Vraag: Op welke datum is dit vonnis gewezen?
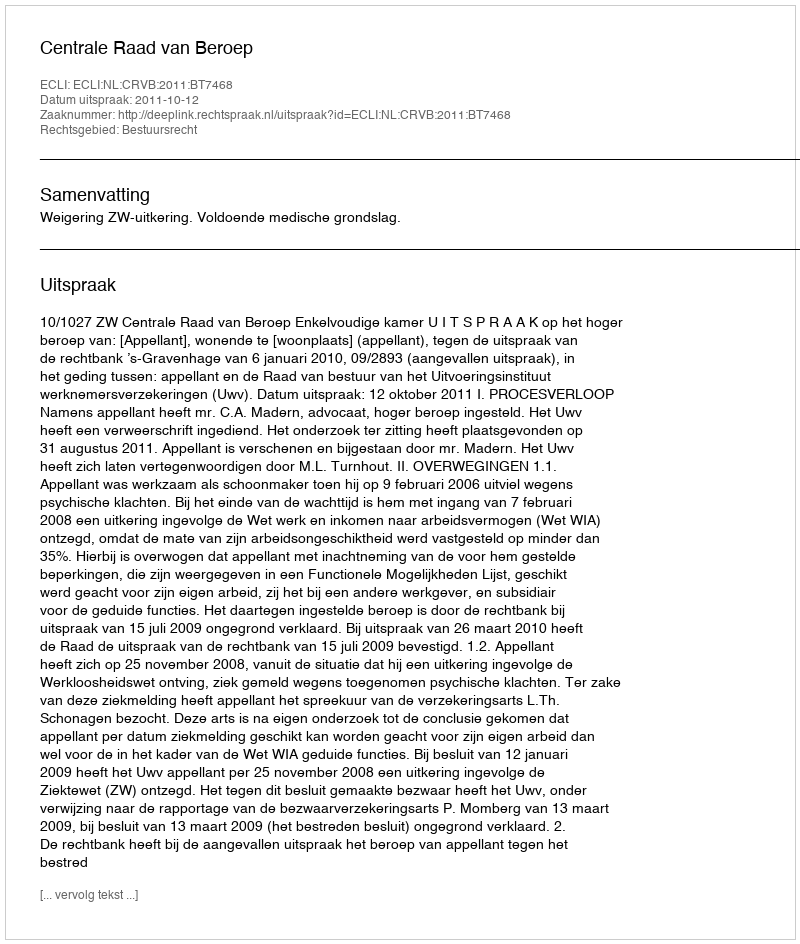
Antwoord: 2011-10-12